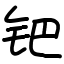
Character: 钯